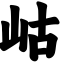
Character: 岵